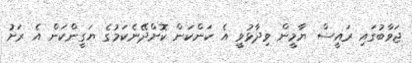
ޖަވާބުގައި ރައީސް ޔާމީން ވިދާޅުވީ އެ ކަންކަން ކޮށްދޭނެކަމުގެ ޔަގީންކަން އެ ރަށު